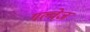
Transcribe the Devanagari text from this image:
गल्वेज